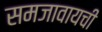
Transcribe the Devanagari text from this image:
समजावायची